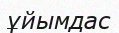
ұйымдас